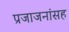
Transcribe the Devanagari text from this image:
प्रजाजनांसह